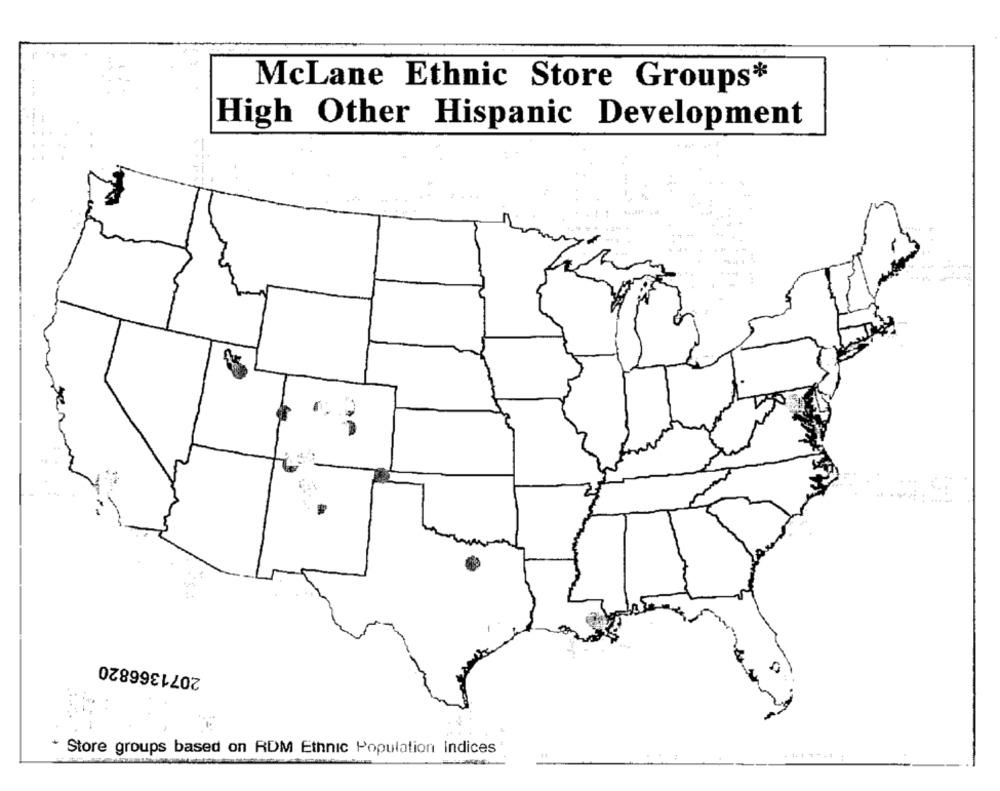
McLane Ethnic Store Groups*
High Other Hispanic Development
2071366820
* Store groups based on RDM Ethnic Population Indices